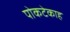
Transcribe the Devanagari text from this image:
पोकटेकाह